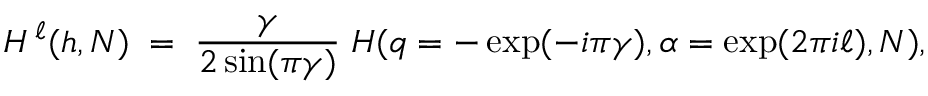
H ^ { \, \ell } ( h , N ) \; = \; \frac { \gamma } { 2 \sin ( \pi \gamma ) } \; H ( q = - \exp ( - i \pi \gamma ) , \alpha = \exp ( 2 \pi i \ell ) , N ) ,